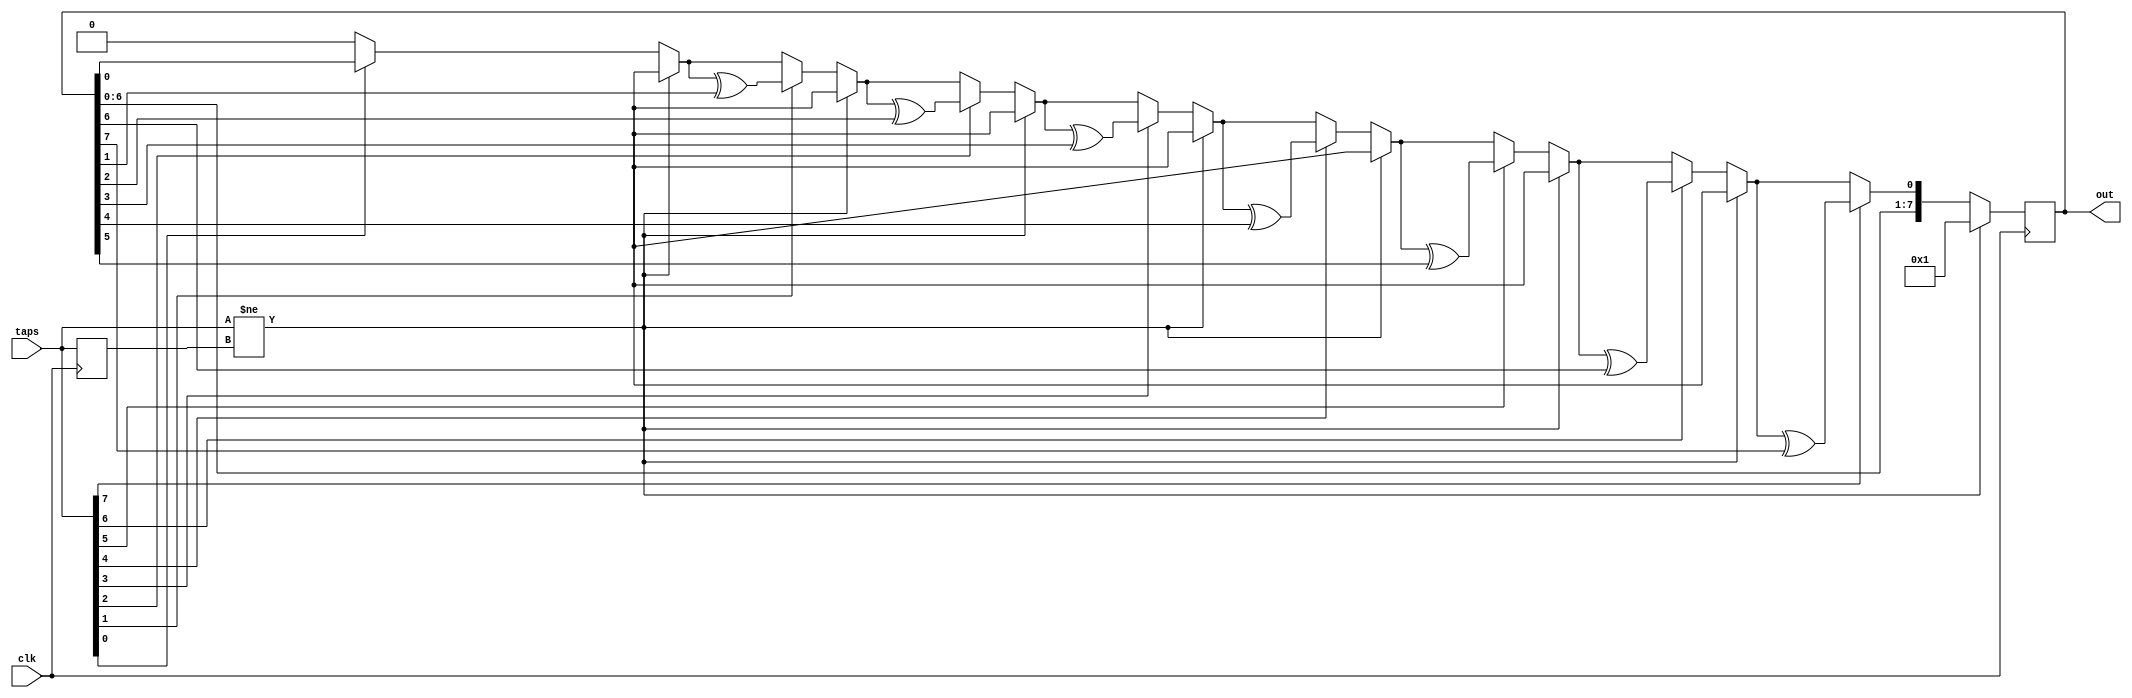
// This program was cloned from: https://github.com/X-Illuminati/verilog-playground
// License: Apache License 2.0

module lfsr #(parameter LFSRSIZE = 8, LFSRINIT = 1)
(
    input  clk,
    input  [LFSRSIZE-1:0] taps,
    output [LFSRSIZE-1:0] out
);

	reg [LFSRSIZE-1:0] lfsr = LFSRINIT;
	reg [LFSRSIZE-1:0] oldtaps = 0;
	reg next;
	reg [$clog2(LFSRSIZE):0] i;

	//use the taps to feedback bits into the LFSR
	always @(posedge clk) begin
		next = 0;
		if (taps != oldtaps) begin
			//reinitialize the LFSR if the taps change
			lfsr = LFSRINIT;
		end else begin
			for (i=0; i<LFSRSIZE; i=i+1) begin
				if (taps[i]) begin
					next = next ^ lfsr[i];
				end else begin
					next = next;
				end
			end
			lfsr = {lfsr[LFSRSIZE-2:0], next};
		end
		oldtaps = taps;
	end

	assign out = lfsr;
endmodule